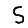
Digit: 5